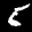
Label: 5